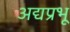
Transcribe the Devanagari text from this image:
अद्यप्रभू